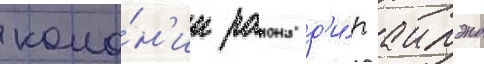
коло́н'ии раиона д'и́р аилэнд